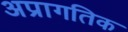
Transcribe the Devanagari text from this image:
अप्रागतिक